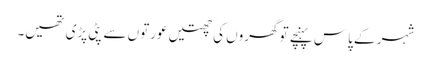
شہر کے پاس پہنچے تو گھروں کی چھتیں عورتوں سے پٹی پڑی تھیں۔